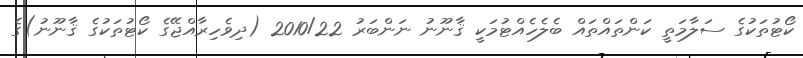
ކޯޓުތަކުގެ ސަލާމަތީ ކަންތައްތައް ބެލެހެއްޓުމަކީ ޤާނޫނު ނަންބަރު 2010/22 (ދިވެހިރާއްޖޭގެ ކޯޓުތަކުގެ ޤާނޫނު)ގެ